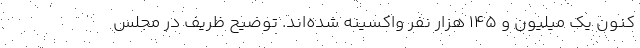
کنون یک میلیون و 145 هزار نفر واکسینه شده‌اند. توضيح ظریف در مجلس